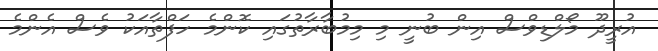
އުރީދޫ މޯލްޑިވްސް އިން ބުނީ މި މިމުބާރާތުގައި ކޮންމެ ހަފްތާއަކު ވެސް އެންމެ